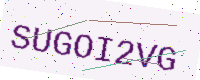
Text: SUGOI2VG